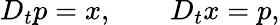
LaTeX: D_{t}p=x,\qquad D_{t}x=p,